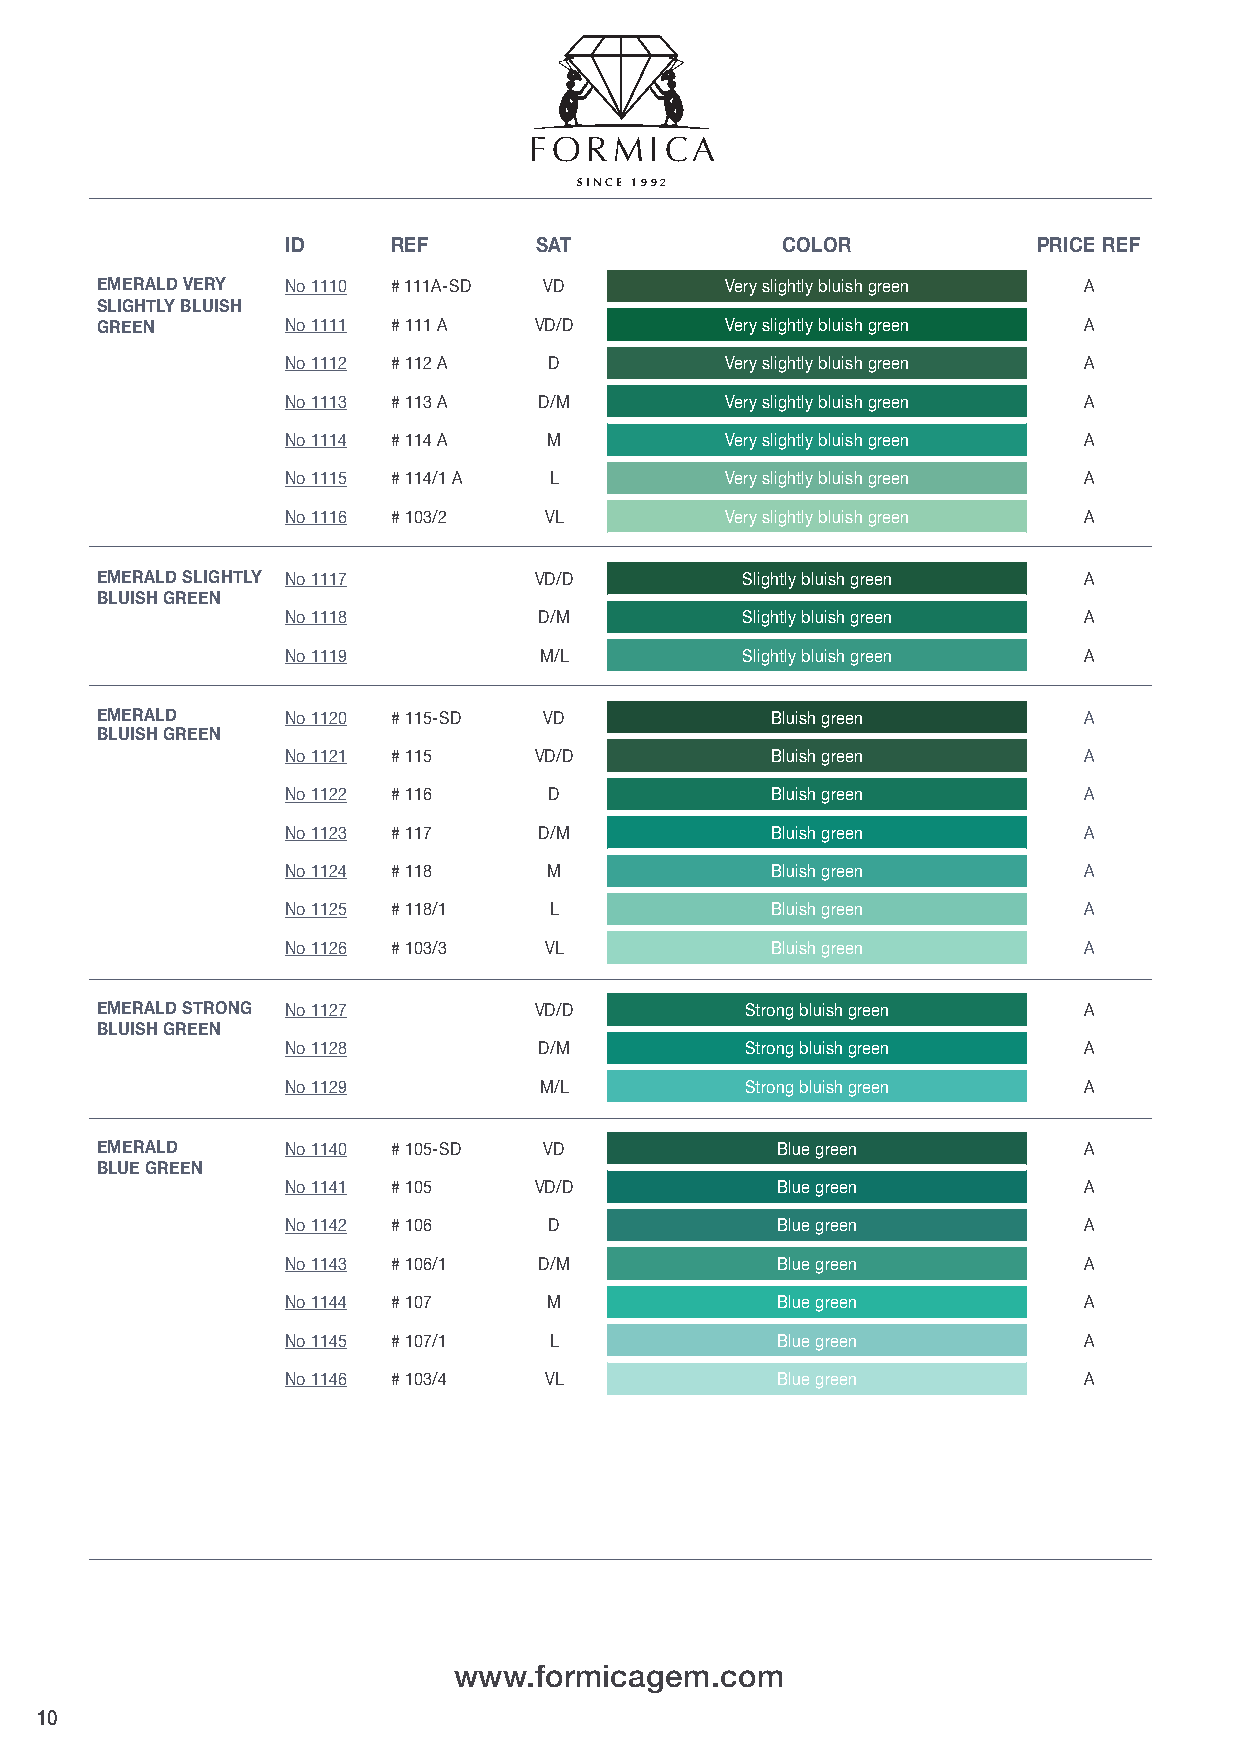
FORMIC     A
 SIN CE 1992
 ID     REF      SAT              COLOR            PRICE REF
 EMERALD VERY No 1110 # 111A-SD VD         Very slightly bluish green A
 SLIGHTLY BLUISH
 GREEN        No 1111 # 111 A VD/D         Very slightly bluish green A
 No 1112 # 112 A  D           Very slightly bluish green A
 No 1113 # 113 A  D/M         Very slightly bluish green A
 No 1114 # 114 A  M           Very slightly bluish green A
 No 1115 # 114/1 A L          Very slightly bluish green A
 No 1116 # 103/2  VL          Very slightly bluish green A
 EMERALD SLIGHTLY No 1117     VD/D          Slightly bluish green  A
 BLUISH GREEN
 No 1118          D/M          Slightly bluish green  A
 No 1119          M/L          Slightly bluish green  A
 EMERALD      No 1120 # 115-SD VD             Bluish green         A
 BLUISH GREEN
 No 1121 # 115   VD/D            Bluish green         A
 No 1122 # 116    D              Bluish green         A
 No 1123 # 117    D/M            Bluish green         A
 No 1124 # 118    M              Bluish green         A
 No 1125 # 118/1  L              Bluish green         A
 No 1126 # 103/3  VL             Bluish green         A
 EMERALD STRONG No 1127       VD/D          Strong bluish green    A
 BLUISH GREEN
 No 1128          D/M          Strong bluish green    A
 No 1129          M/L          Strong bluish green    A
 EMERALD      No 1140 # 105-SD VD             Blue green           A
 BLUE GREEN
 No 1141 # 105   VD/D            Blue green           A
 No 1142 # 106    D              Blue green           A
 No 1143 # 106/1  D/M            Blue green           A
 No 1144 # 107    M              Blue green           A
 No 1145 # 107/1  L              Blue green           A
 No 1146 # 103/4  VL             Blue green           A
 www.formicagem.com
 10